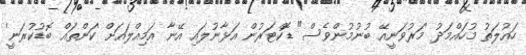
ހައުލަތު މުހައްމަދު 'މަރުވަނީއޭ ބުނުމުންވެސް" ޑޮކްޓަރުން އަޅާނުލައި އޭނާ އަމިއްލައަށް 'ކަންތައް ބޮޑުކުރަނީ'